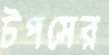
টপসের